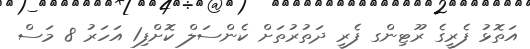
އަތޮޅު ފެރީގެ ރޫޓިންގ ފެރީ ދަތުރުތަށް ކެންސަލް ކޮށްފި1 އަހަރު 8 މަސް